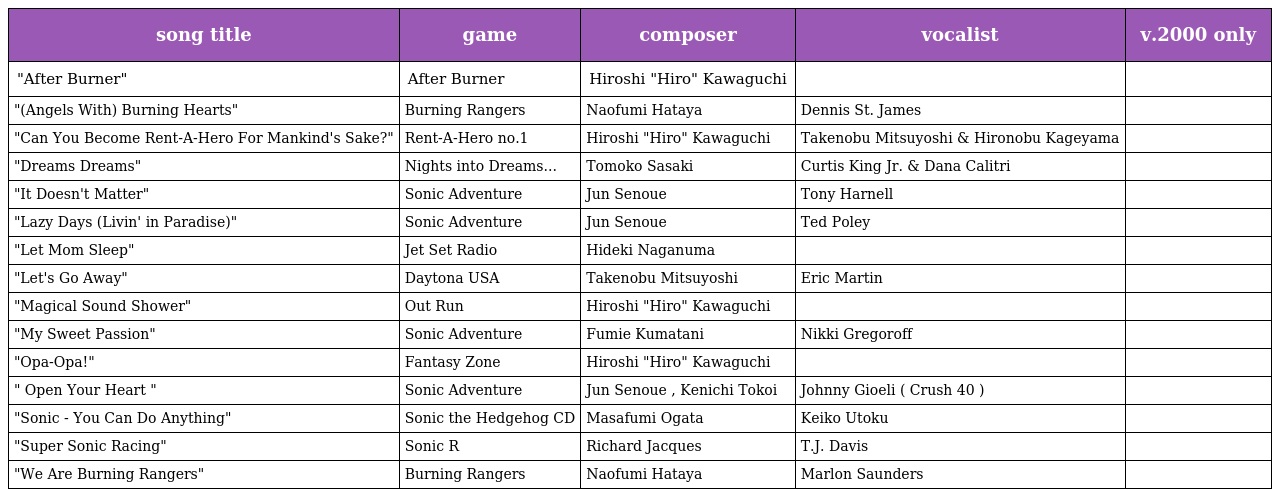
| song title | game | composer | vocalist | v.2000 only |
 | --- | --- | --- | --- | --- |
 | "After Burner" | After Burner | Hiroshi "Hiro" Kawaguchi |  |  |
 | "(Angels With) Burning Hearts" | Burning Rangers | Naofumi Hataya | Dennis St. James |  |
 | "Can You Become Rent-A-Hero For Mankind's Sake?" | Rent-A-Hero no.1 | Hiroshi "Hiro" Kawaguchi | Takenobu Mitsuyoshi & Hironobu Kageyama |  |
 | "Dreams Dreams" | Nights into Dreams... | Tomoko Sasaki | Curtis King Jr. & Dana Calitri |  |
 | "It Doesn't Matter" | Sonic Adventure | Jun Senoue | Tony Harnell |  |
 | "Lazy Days (Livin' in Paradise)" | Sonic Adventure | Jun Senoue | Ted Poley |  |
 | "Let Mom Sleep" | Jet Set Radio | Hideki Naganuma |  |  |
 | "Let's Go Away" | Daytona USA | Takenobu Mitsuyoshi | Eric Martin |  |
 | "Magical Sound Shower" | Out Run | Hiroshi "Hiro" Kawaguchi |  |  |
 | "My Sweet Passion" | Sonic Adventure | Fumie Kumatani | Nikki Gregoroff |  |
 | "Opa-Opa!" | Fantasy Zone | Hiroshi "Hiro" Kawaguchi |  |  |
 | " Open Your Heart " | Sonic Adventure | Jun Senoue , Kenichi Tokoi | Johnny Gioeli ( Crush 40 ) |  |
 | "Sonic - You Can Do Anything" | Sonic the Hedgehog CD | Masafumi Ogata | Keiko Utoku |  |
 | "Super Sonic Racing" | Sonic R | Richard Jacques | T.J. Davis |  |
 | "We Are Burning Rangers" | Burning Rangers | Naofumi Hataya | Marlon Saunders |  |